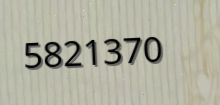
5821370